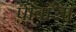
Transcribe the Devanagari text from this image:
पाबाँसा